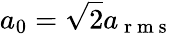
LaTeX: a_{0}=\sqrt{2}a_{\mathrm{~r~m~s~}}